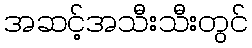
အဆင့်အသီးသီးတွင်